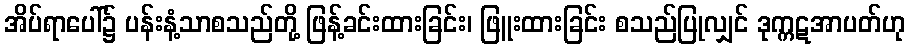
အိပ်ရာပေါ်၌ ပန်းနံ့သာစသည်တို့ ဖြန့်ခင်းထားခြင်း၊ ဖြူးထားခြင်း စသည်ပြုလျှင် ဒုက္ကဋအာပတ်ဟု